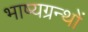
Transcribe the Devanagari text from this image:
भाष्यग्रन्थों